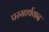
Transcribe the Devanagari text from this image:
परमार्थवाद